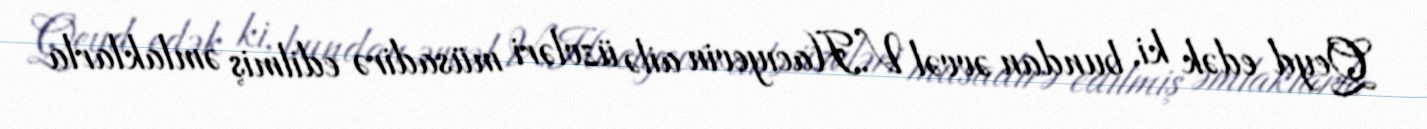
Qeyd edək ki, bundan əvvəl V.Hacıyevin ailə üzvləri müsadirə edilmiş əmlaklarla